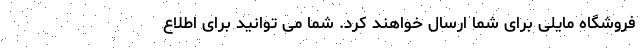
فروشگاه مایلی برای شما ارسال خواهند کرد. شما می توانید برای اطلاع